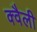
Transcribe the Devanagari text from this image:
क्वैली